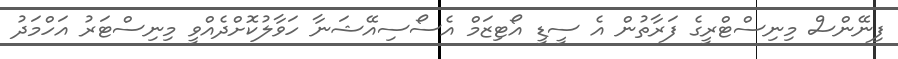
ފިނޭންސް މިނިސްޓްރީގެ ފަރާތުން އެ ސީޑީ އޯޓިޒަމް އެސޯސިއޭޝަނާ ހަވާލުކޮށްދެއްވީ މިނިސްޓަރު އަހްމަދު